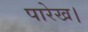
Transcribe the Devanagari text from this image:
पारेख।